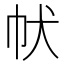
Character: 𤜧